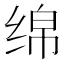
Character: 绵